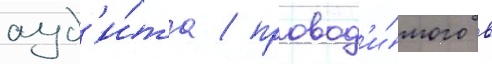
ауд'и́та / провод'и́мого в